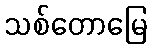
သစ်တောမြေ